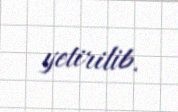
yetirilib.